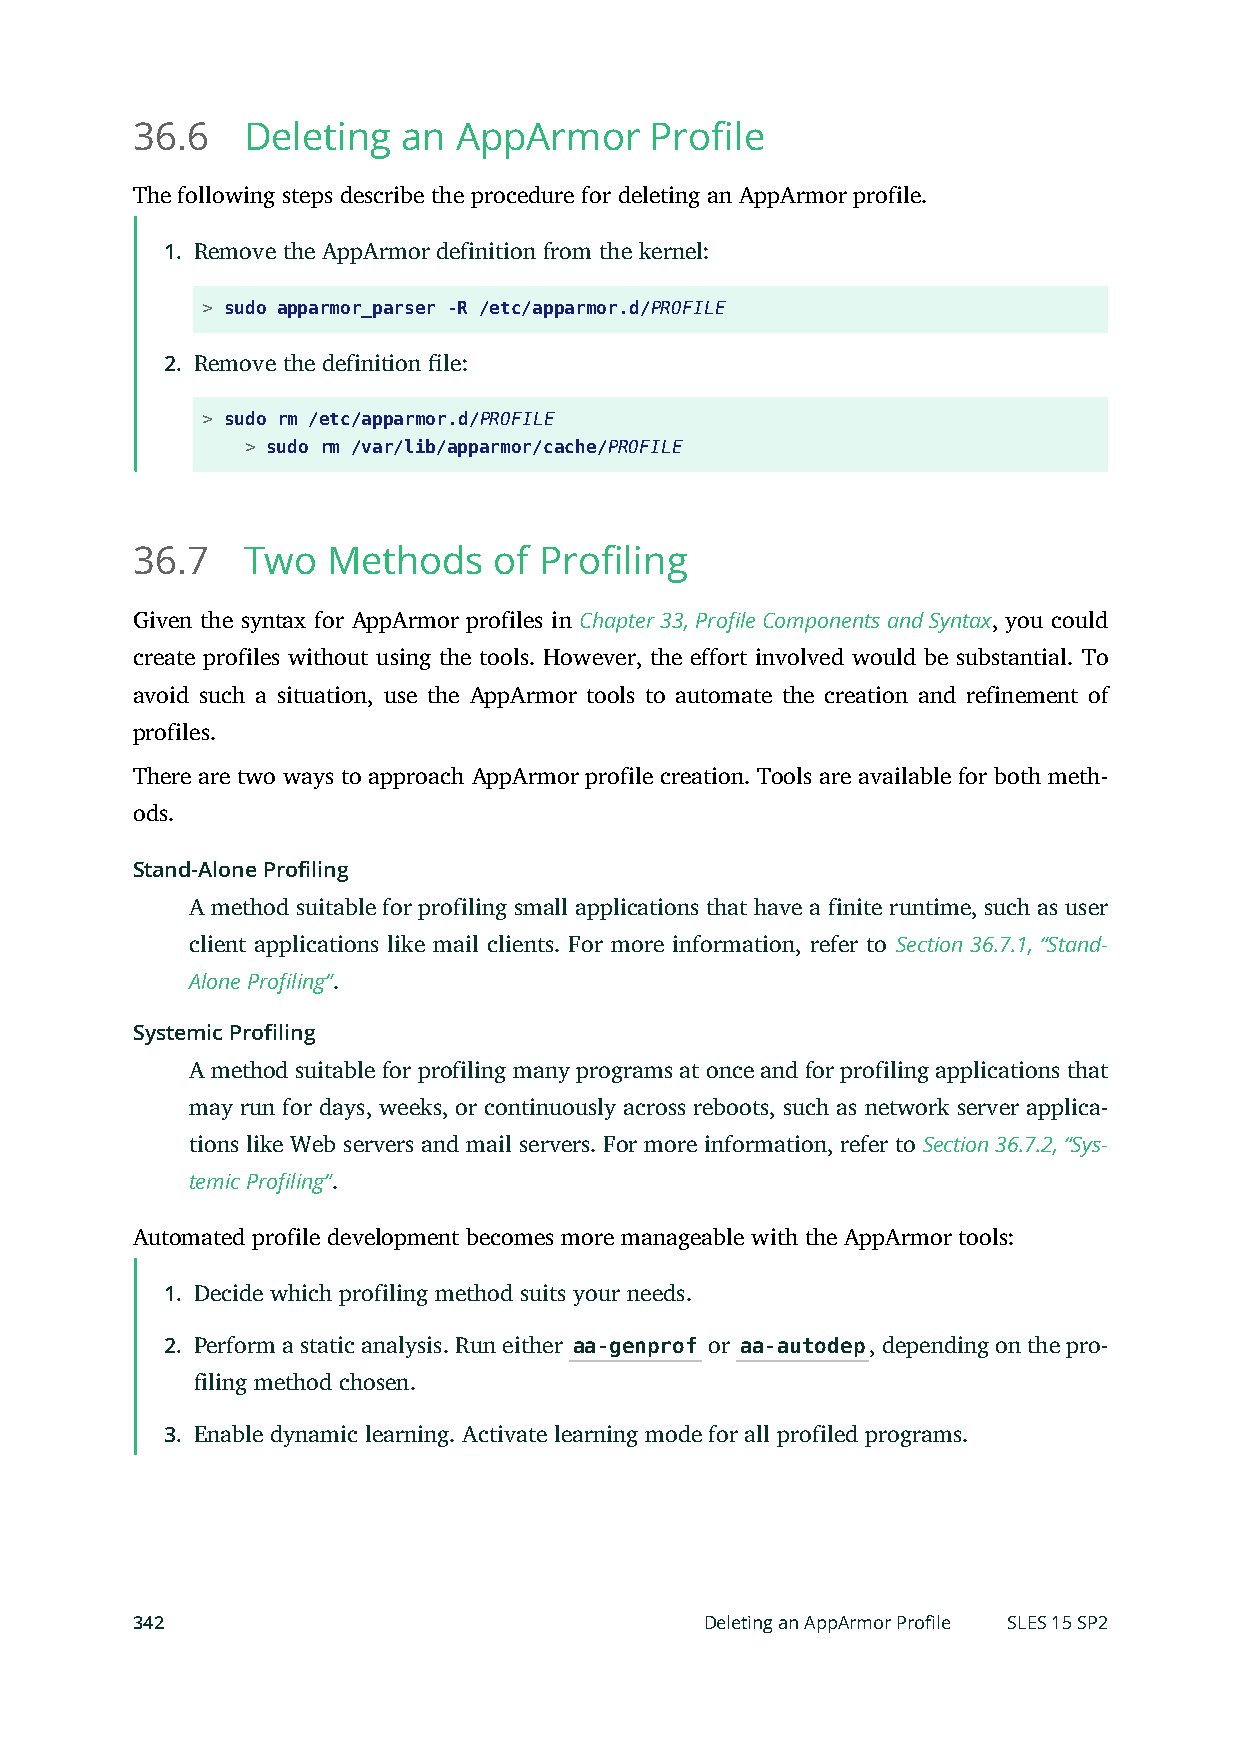
36.6   Deleting   an AppArmor     Profile
 The following steps describe the procedure for deleting an AppArmor profile.
 1. Remove the AppArmor definition from the kernel:
 > sudo apparmor_parser -R /etc/apparmor.d/PROFILE
 2. Remove the definition le:
 > sudo rm /etc/apparmor.d/PROFILE
 > sudo rm /var/lib/apparmor/cache/PROFILE
 36.7   Two   Methods    of Profiling
 Given the syntax for AppArmor profiles in Chapter 33, Profile Components and Syntax, you could
 create profiles without using the tools. However, the effort involved would be substantial. To
 avoid such a situation, use the AppArmor tools to automate the creation and refinement of
 profiles.
 There are two ways to approach AppArmor profile creation. Tools are available for both meth-
 ods.
 Stand-Alone Profiling
 A method suitable for profiling small applications that have a finite runtime, such as user
 client applications like mail clients. For more information, refer to Section 36.7.1, “Stand-
 Alone Profiling”.
 Systemic Profiling
 A method suitable for profiling many programs at once and for profiling applications that
 may run for days, weeks, or continuously across reboots, such as network server applica-
 tions like Web servers and mail servers. For more information, refer to Section 36.7.2, “Sys-
 temic Profiling”.
 Automated profile development becomes more manageable with the AppArmor tools:
 1. Decide which profiling method suits your needs.
 2. Perform a static analysis. Run either aa-genprof or aa-autodep, depending on the pro-
 filing method chosen.
 3. Enable dynamic learning. Activate learning mode for all profiled programs.
 342                                   Deleting an AppArmor Profile SLES 15 SP2